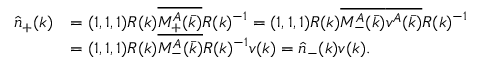
\begin{array} { r l } { \hat { n } _ { + } ( k ) } & { = ( 1 , 1 , 1 ) R ( k ) \overline { { M _ { + } ^ { A } ( \bar { k } ) } } R ( k ) ^ { - 1 } = ( 1 , 1 , 1 ) R ( k ) \overline { { M _ { - } ^ { A } ( \bar { k } ) } } \overline { { v ^ { A } ( \bar { k } ) } } R ( k ) ^ { - 1 } } \\ & { = ( 1 , 1 , 1 ) R ( k ) \overline { { M _ { - } ^ { A } ( \bar { k } ) } } R ( k ) ^ { - 1 } v ( k ) = \hat { n } _ { - } ( k ) v ( k ) . } \end{array}